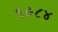
૧૯૮૪